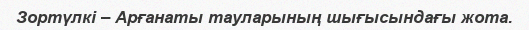
Зортүлкі – Арғанаты тауларының шығысындағы жота.